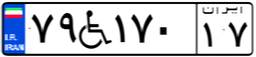
۷۹W۱۷۰۱۷